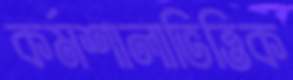
কর্মশালাভিত্তিক